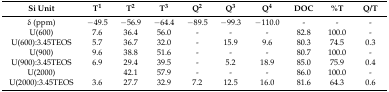
<table><thead><tr><td><b>Si Unit</b></td><td><b>T<sup>1</sup></b></td><td><b>T<sup>2</sup></b></td><td><b>T<sup>3</sup></b></td><td><b>Q<sup>2</sup></b></td><td><b>Q<sup>3</sup></b></td><td><b>Q<sup>4</sup></b></td><td><b>DOC</b></td><td><b>%T</b></td><td><b>Q/T</b></td></tr></thead><tbody><tr><td>δ (ppm)</td><td>−49.5</td><td>−56.9</td><td>−64.4</td><td>−89.5</td><td>−99.3</td><td>−110.0</td><td>-</td><td>-</td><td>-</td></tr><tr><td>U(600)</td><td>7.6</td><td>36.4</td><td>56.0</td><td>-</td><td>-</td><td>-</td><td>82.8</td><td>100.0</td><td>-</td></tr><tr><td>U(600):3.45TEOS</td><td>5.7</td><td>36.7</td><td>32.0</td><td>-</td><td>15.9</td><td>9.6</td><td>80.3</td><td>74.5</td><td>0.3</td></tr><tr><td>U(900) </td><td>9.6</td><td>38.8</td><td>51.6</td><td>-</td><td>-</td><td>-</td><td>80.7</td><td>100.0</td><td>-</td></tr><tr><td>U(900):3.45TEOS</td><td>6.9</td><td>29.4</td><td>39.5</td><td>-</td><td>5.2</td><td>18.9</td><td>85.0</td><td>75.9</td><td>0.4</td></tr><tr><td>U(2000)</td><td></td><td>42.1</td><td>57.9</td><td>-</td><td>-</td><td>-</td><td>86.0</td><td>100.0</td><td>-</td></tr><tr><td>U(2000):3.45TEOS</td><td>3.6</td><td>27.7</td><td>32.9</td><td>7.2</td><td>12.5</td><td>16.0</td><td>81.6</td><td>64.3</td><td>0.6</td></tr></tbody></table>